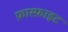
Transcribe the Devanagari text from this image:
फ़ास्फ़ाइट